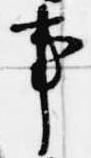
事